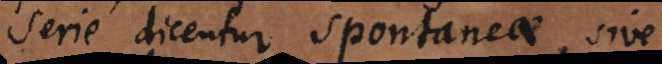
serie dicentur spontaneae sive